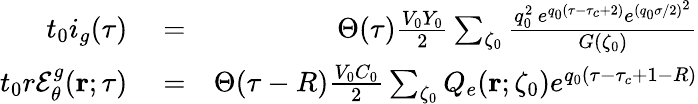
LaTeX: \begin{array}{rlr}{t_{0}i_{g}(\tau)}&{{}=}&{\Theta(\tau)\frac{V_{0}Y_{0}}{2}\sum_{\zeta_{0}}\frac{q_{0}^{2}\, e^{q_{0}(\tau-\tau_{c}+2)}e^{(q_{0}\sigma/2)^{2}}}{G(\zeta_{0})}}\\ {t_{0}r\mathcal{E}_{\theta}^{g}({\mathbf r};\tau)}&{{}=}&{\Theta(\tau-R)\frac{V_{0}C_{0}}{2}\sum_{\zeta_{0}}Q_{e}({\mathbf r};\zeta_{0})e^{q_{0}(\tau-\tau_{c}+1-R)}}\end{array}